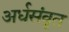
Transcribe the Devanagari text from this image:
अर्धसंवृत